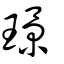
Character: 璟